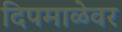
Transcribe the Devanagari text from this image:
दिपमाळेवर